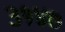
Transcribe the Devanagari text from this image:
३१४७